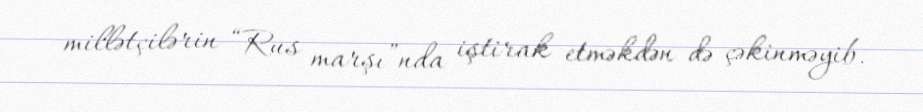
millətçilərin “Rus marşı”nda iştirak etməkdən də çəkinməyib.